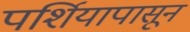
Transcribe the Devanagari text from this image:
पर्शियापासून